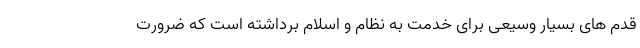
قدم های بسیار وسیعی برای خدمت به نظام و اسلام برداشته است که ضرورت